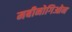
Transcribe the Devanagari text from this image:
मबीनोगिओन